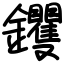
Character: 钁